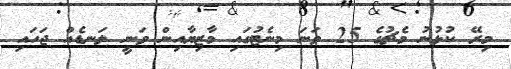
މިރޭ ކުޅުނު މެޗުގެ 25 ވަނަ މިނެޓުގައި މާޒިޔާއިން ވަނީ ލަނޑެއް ޖަހައި